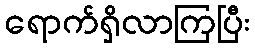
ရောက်ရှိလာကြပြီး